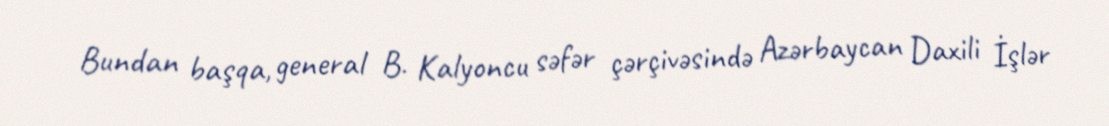
Bundan başqa, general B. Kalyoncu səfər çərçivəsində Azərbaycan Daxili İşlər